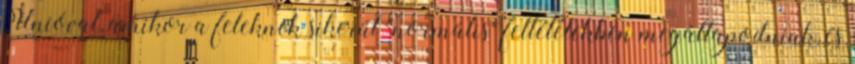
Unióval, amikor a feleknek sikerül "normális" feltételekben megállapodniuk, és